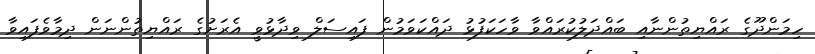
ހިމަންދޫގެ ރައްޔިތުންނާއި ބައްދަލުކުރައްވާ ވާހަކަފުޅު ދައްކަވަމުން ފައިސަލް ވިދާޅުވީ އެރަށުގެ ރައްޔިތުންނަން ދިމާވެފައިވާ